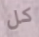
كل